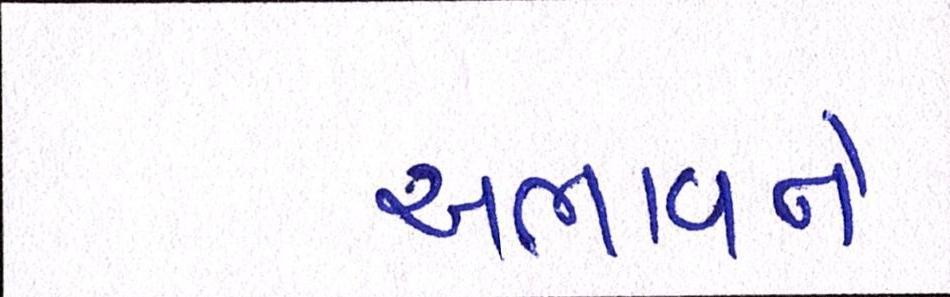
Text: અભાવને